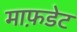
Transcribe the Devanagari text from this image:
माफ़डेट